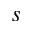
s